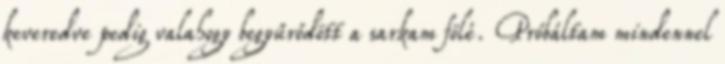
keveredve pedig valahogy begyűrődött a sarkam fölé. Próbáltam mindennel